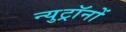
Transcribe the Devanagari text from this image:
न्युट्रॉनों